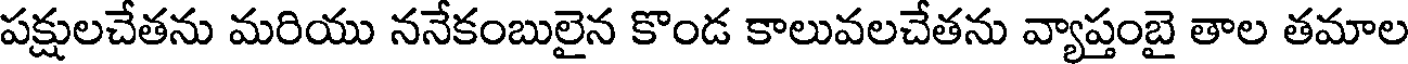
పక్షులచేతను మరియు ననేకంబులైన కొండ కాలువలచేతను వ్యాప్తంబై తాల తమాల